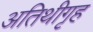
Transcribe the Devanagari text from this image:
अतिथीगृह